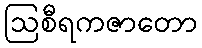
ဩစီရကဇာတော